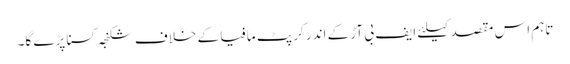
تاہم اس مقصد کیلئے ایف بی آڑ کے اندر کرپٹ مافیا کے خلاف شکنجہ کسنا پڑے گا۔